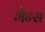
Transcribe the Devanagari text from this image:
भैन्स